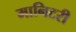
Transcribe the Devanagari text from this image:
मानिटरी